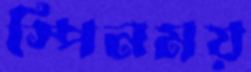
স্পিনময়